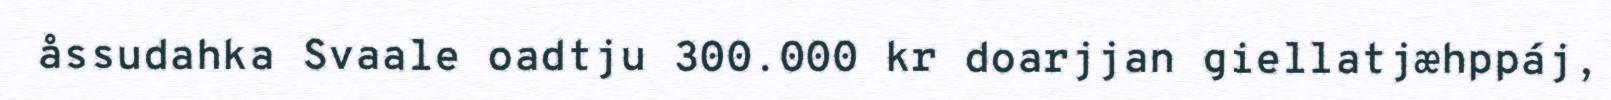
åssudahka Svaale oadtju 300.000 kr doarjjan giellatjæhppáj,